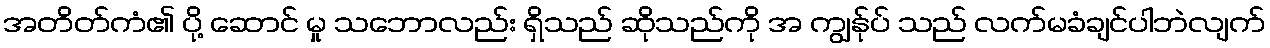
အတိတ်ကံ၏ ပို့ ဆောင် မှု သဘောလည်း ရှိသည် ဆိုသည်ကို အ ကျွန်ုပ် သည် လက်မခံချင်ပါဘဲလျက်